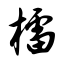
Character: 檑